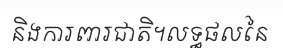
និងការពារជាតិ។លទ្ធផលនៃ